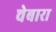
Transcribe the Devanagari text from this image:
चेबारा